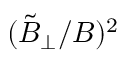
( \tilde { B } _ { \perp } / B ) ^ { 2 }